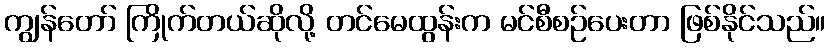
ကျွန်တော် ကြိုက်တယ်ဆိုလို့ တင်မေထွန်းက မင်စီစဉ်ပေးတာ ဖြစ်နိုင်သည်။